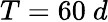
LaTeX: T=60\ d